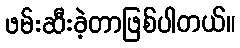
ဖမ်းဆီးခဲ့တာဖြစ်ပါတယ်။